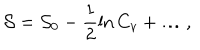
{ \cal { S } } = { \cal { S } } _ { 0 } - \frac { 1 } { 2 } \ln C _ { v } + \ldots ,